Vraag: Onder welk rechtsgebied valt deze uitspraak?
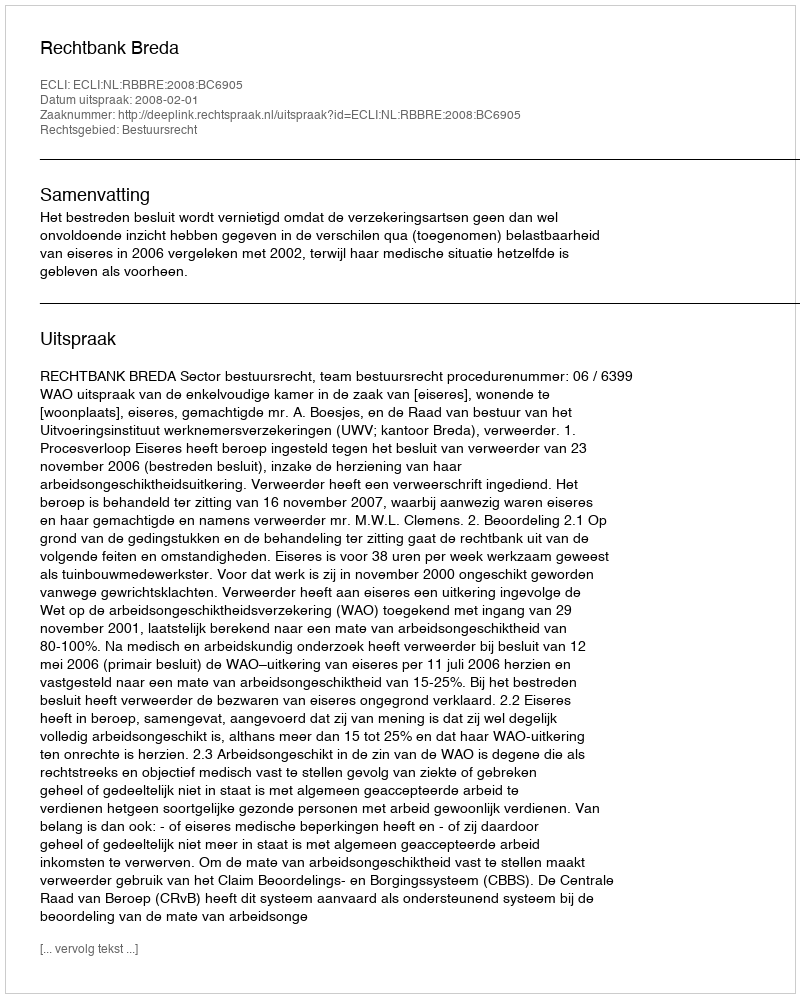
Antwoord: Bestuursrecht